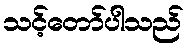
သင့်တော်ပါသည်